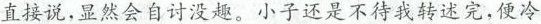
直接说，显然会自讨没趣。小子还是不待我转述完，便冷